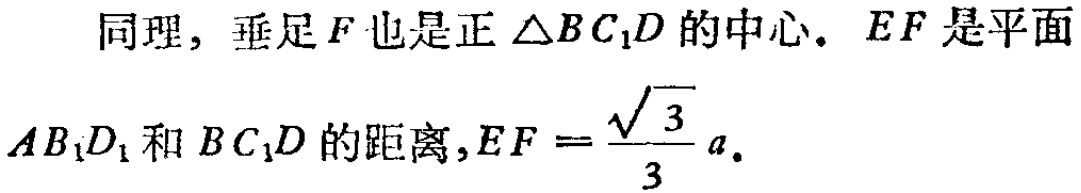
同理，垂足\(F\)也是正\(\triangle BC_{1}D\)的中心. \(EF\)是平面\(AB_{1}D_{1}\)和\(BC_{1}D\)的距离,\(EF = \frac{\sqrt{3}}{3}a\).